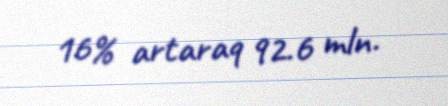
16% artaraq 92.6 mln.